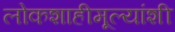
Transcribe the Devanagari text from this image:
लोकशाहीमूल्यांशी